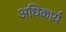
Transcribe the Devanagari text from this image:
अधिकार्य